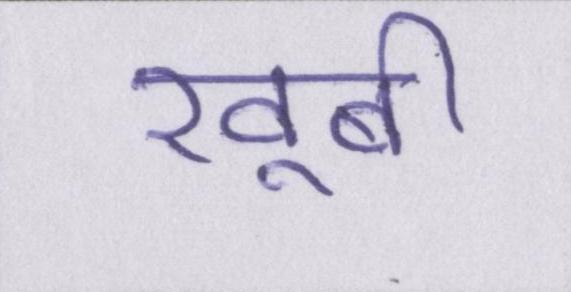
खूबी